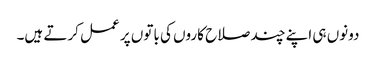
دونوں ہی اپنے چند صلاح کاروں کی باتوں پر عمل کرتے ہیں۔